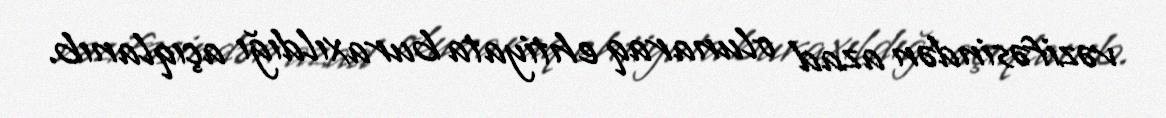
vəzifəsindən azad olunaraq ehtiyata buraxıldığı açıqlanıb.